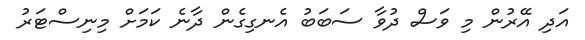
އަދި އޭރުން މި ވަސް ދުވާ ސަބަބު އެނގިގެން ދާނެ ކަމަށް މިނިސްޓަރު